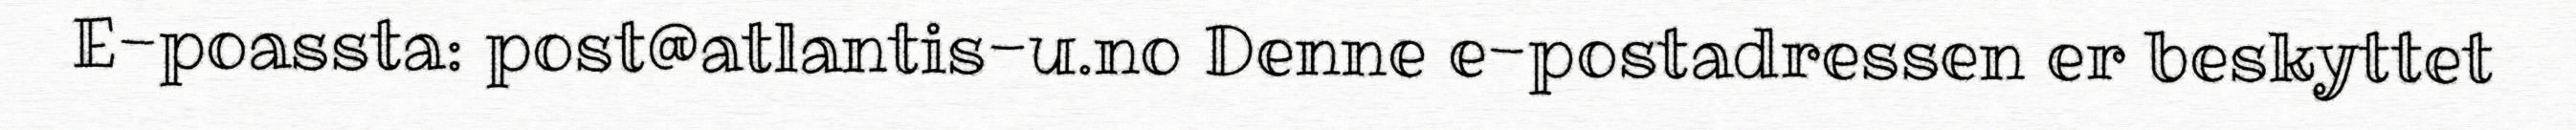
E-poassta: post@atlantis-u.no Denne e-postadressen er beskyttet